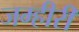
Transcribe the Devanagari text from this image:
जम्हीरी